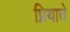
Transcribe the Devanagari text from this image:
प्रियाते